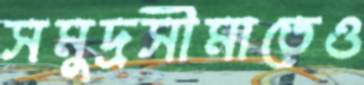
সমুদ্রসীমাতেও